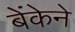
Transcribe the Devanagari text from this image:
बेंकेने